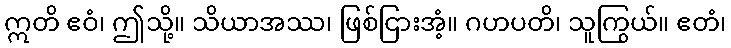
ဣတိ ဧဝံ၊ ဤသို့။ သိယာအဿ၊ ဖြစ်ငြားအံ့။ ဂဟပတိ၊ သူကြွယ်။ ဧတံ၊